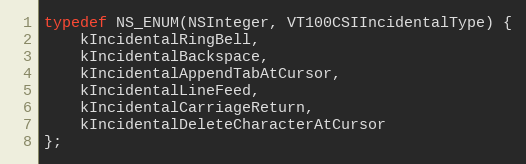
Language: C
typedef NS_ENUM(NSInteger, VT100CSIIncidentalType) {
    kIncidentalRingBell,
    kIncidentalBackspace,
    kIncidentalAppendTabAtCursor,
    kIncidentalLineFeed,
    kIncidentalCarriageReturn,
    kIncidentalDeleteCharacterAtCursor
};